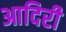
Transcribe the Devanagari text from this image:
आदिरी